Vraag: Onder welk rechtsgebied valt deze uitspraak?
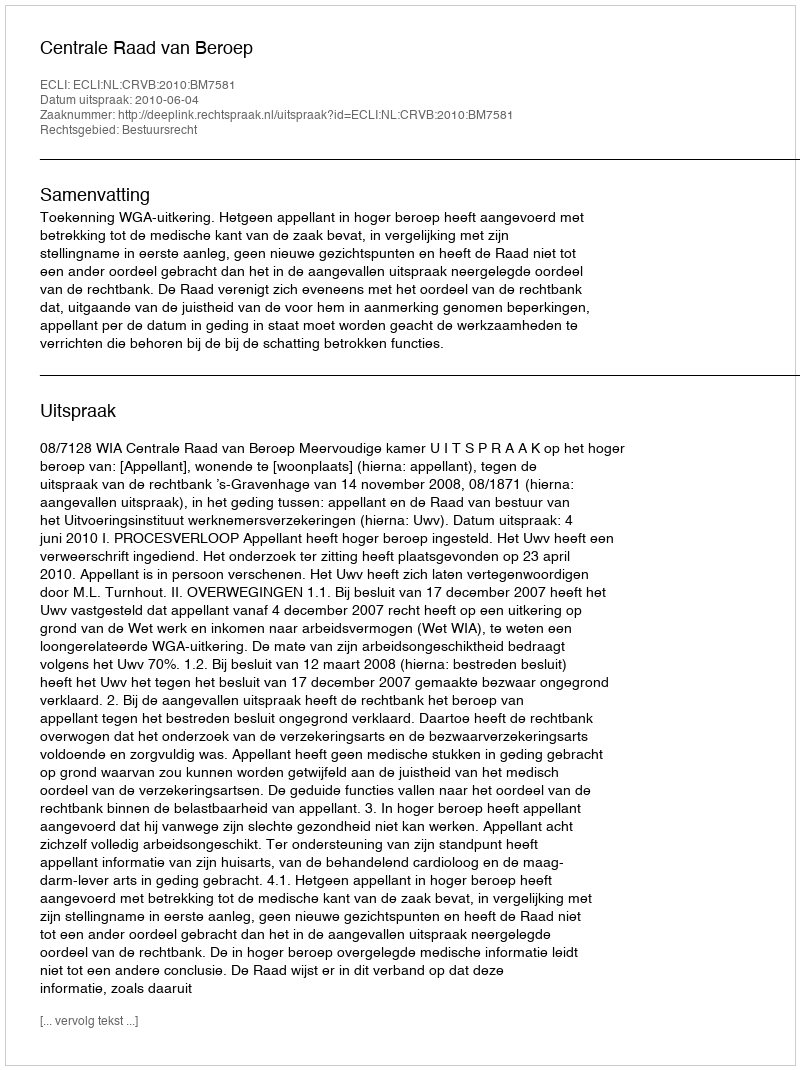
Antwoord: Bestuursrecht